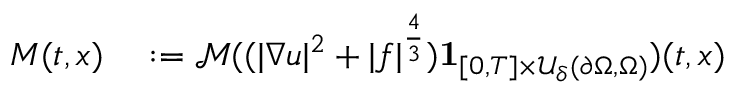
\begin{array} { r l } { M ( t , x ) } & { { } : = \mathcal M ( ( | \nabla u | ^ { 2 } + | f | ^ { \frac 4 3 } ) \mathbf 1 _ { [ 0 , T ] \times \mathcal U _ { \delta } ( \partial \Omega , \Omega ) } ) ( t , x ) } \end{array}